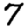
Digit: 7